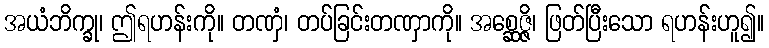
အယံဘိက္ခု၊ ဤရဟန်းကို။ တဏှံ၊ တပ်ခြင်းတဏှာကို။ အစ္ဆေဇ္ဇိ၊ ဖြတ်ပြီးသော ရဟန်းဟူ၍။